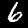
Label: 6